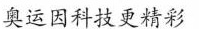
奥运因科投更精彩